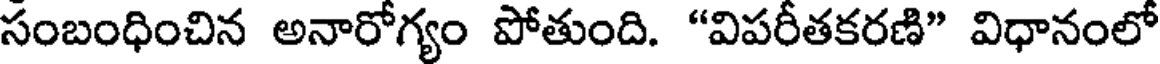
సంబంధించిన అనారోగ్యం పోతుంది. "విపరీతకరణి" విధానంలో